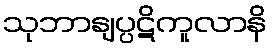
သုဘာနျပ္ပဋိကူလာနိ